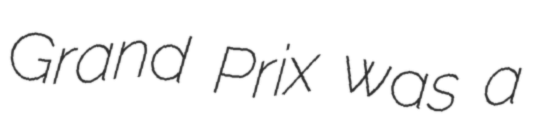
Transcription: Grand Prix was a